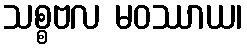
သစ္စဗလ မဝဿာယ၊